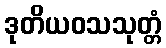
ဒုတိယဝသသုတ္တံ